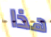
هذا